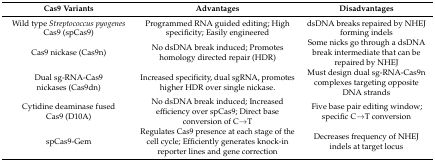
<table><thead><tr><td><b>Cas9 Variants </b></td><td><b>Advantages</b></td><td><b>Disadvantages</b></td></tr></thead><tbody><tr><td>Wild type <i>Streptococcus pyogenes</i> Cas9 (spCas9)</td><td>Programmed RNA guided editing; High specificity; Easily engineered</td><td>dsDNA breaks repaired by NHEJ forming indels</td></tr><tr><td>Cas9 nickase (Cas9n)</td><td>No dsDNA break induced; Promotes homology directed repair (HDR)</td><td>Some nicks go through a dsDNA break intermediate that can be repaired by NHEJ</td></tr><tr><td>Dual sg-RNA-Cas9 nickases (Cas9dn)</td><td>Increased specificity, dual sgRNA, promotes higher HDR over single nickase.</td><td>Must design dual sg-RNA-Cas9n complexes targeting opposite DNA strands</td></tr><tr><td>Cytidine deaminase fused Cas9 (D10A)</td><td>No dsDNA break induced; Increased efficiency over spCas9; Direct base conversion of C→T </td><td>Five base pair editing window; specific C→T conversion</td></tr><tr><td>spCas9-Gem</td><td>Regulates Cas9 presence at each stage of the cell cycle; Efficiently generates knock-in reporter lines and gene correction</td><td>Decreases frequency of NHEJ indels at target locus</td></tr></tbody></table>